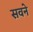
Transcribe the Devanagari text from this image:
सवने